Leaving Certificate Examination (including Day School Certificate (Higher) General paper), 1937
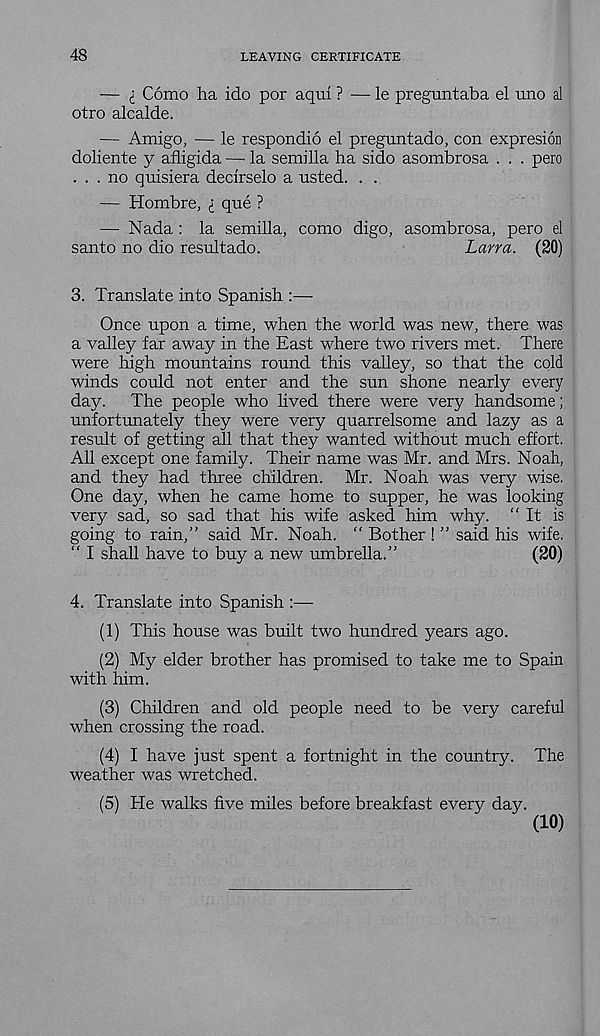
48
LEAVING CERTIFICATE
— I Como ha ido por aqui ? — le preguntaba el uno al
otro alcalde.
— Amigo, — le respondio el preguntado, con expresion
doliente y afligida —- la semilla ha sido asombrosa . . . pero
... no quisiera decirselo a usted. . .
— Hombre, i que ?
— Nada : la semilla, como digo, asombrosa, pero el
santo no dio resultado.
Larra. (20)
3. Translate into Spanish :—
Once upon a time, when the world was new, there was
a valley far away in the East where two rivers met. There
were high mountains round this valley, so that the cold
winds could not enter and the sun shone nearly every
day.
The people who lived there were very handsome;
unfortunately they were very quarrelsome and lazy as a
result of getting all that they wanted without much effort.
All except one family. Their name was Mr. and Mrs. Noah,
and they had three children. Mr. Noah was very wise.
One day, when he came home to supper, he was looking
very sad, so sad that his wife asked him why. "It is
going to rain,” said Mr. Noah. “ Bother ! ” said his wife.
“ I shall have to buy a new umbrella.”
(20)
4. Translate into Spanish :—-
(1) This house was built two hundred years ago.
(2) My elder brother has promised to take me to Spain
with him.
(3) Children and old people need to be very careful
when crossing the road.
(4) I have just spent a fortnight in the country. The
weather was wretched.
(5) He walks five miles before breakfast every day.
(10)